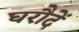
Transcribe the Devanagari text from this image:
घरौदें